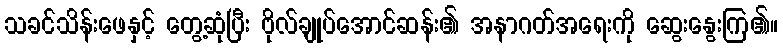
သခင်သိန်းဖေနှင့် တွေ့ဆုံပြီး ဗိုလ်ချုပ်အောင်ဆန်း၏ အနာဂတ်အရေးကို ဆွေးနွေးကြ၏။